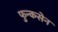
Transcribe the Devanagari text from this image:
फुन्कसेन